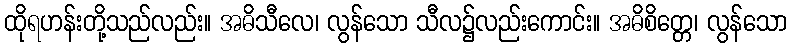
ထိုရဟန်းတို့သည်လည်း။ အဓိသီလေ၊ လွန်သော သီလ၌လည်းကောင်း။ အဓိစိတ္တေ၊ လွန်သော